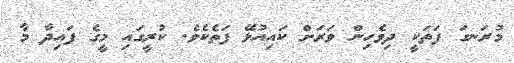
މުރަނގަ ފަތަކީ ދިވެހިން ވަރަށް ކައިއުޅޭ ފަތެކެވެ. ކުރީގައި މީގެ ފައިދާ މާ